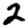
Digit: 2